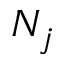
N _ { j }